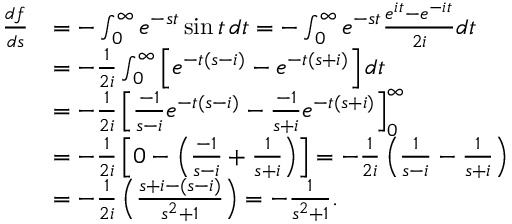
{ \begin{array} { r l } { { \frac { d f } { d s } } } & { = - \int _ { 0 } ^ { \infty } e ^ { - s t } \sin t \, d t = - \int _ { 0 } ^ { \infty } e ^ { - s t } { \frac { e ^ { i t } - e ^ { - i t } } { 2 i } } d t } \\ & { = - { \frac { 1 } { 2 i } } \int _ { 0 } ^ { \infty } \left[ e ^ { - t ( s - i ) } - e ^ { - t ( s + i ) } \right] d t } \\ & { = - { \frac { 1 } { 2 i } } \left[ { \frac { - 1 } { s - i } } e ^ { - t ( s - i ) } - { \frac { - 1 } { s + i } } e ^ { - t ( s + i ) } \right] _ { 0 } ^ { \infty } } \\ & { = - { \frac { 1 } { 2 i } } \left[ 0 - \left( { \frac { - 1 } { s - i } } + { \frac { 1 } { s + i } } \right) \right] = - { \frac { 1 } { 2 i } } \left( { \frac { 1 } { s - i } } - { \frac { 1 } { s + i } } \right) } \\ & { = - { \frac { 1 } { 2 i } } \left( { \frac { s + i - ( s - i ) } { s ^ { 2 } + 1 } } \right) = - { \frac { 1 } { s ^ { 2 } + 1 } } . } \end{array} }